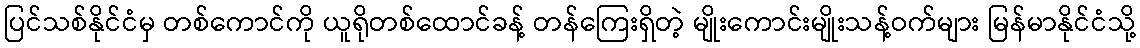
ပြင်သစ်နိုင်ငံမှ တစ်ကောင်ကို ယူရိုတစ်ထောင်ခန့် တန်ကြေးရှိတဲ့ မျိုးကောင်းမျိုးသန့်ဝက်များ မြန်မာနိုင်ငံသို့